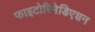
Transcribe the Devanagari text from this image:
फाइटोरिमेडिएशन